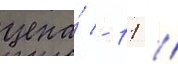
цена́ - 11 /